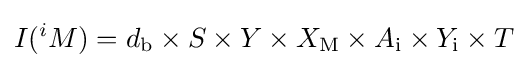
I(^{i}M)=d_{\mathrm {b} }\times S\times Y\times X_{\mathrm {M} }\times A_{\mathrm {i} }\times Y_{\mathrm {i} }\times T